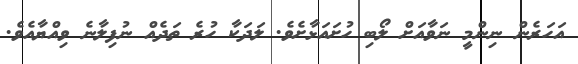
އަހަރެން ނިންމީ ނަވާއަށް ލޯބި ހުށައަޅާށެވެ. ލަދަކާ ހުރެ ތަދެއް ނުފިލާނެ ވިއްޔާއެވެ.